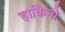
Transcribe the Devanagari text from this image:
हाकिनो